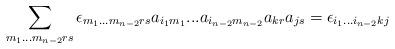
LaTeX: \begin{align*}\sum\limits_{m_1 ... m_{n-2} r s} \epsilon_{m_1 ...m_{n-2} r s} a_{i_1m_1} ... a_{i_{n-2}m_{n-2}}a_{kr}a_{js} =\epsilon_{i_1 ... i_{n-2} k j}\end{align*}